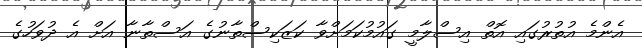
އެންމެ އުތުރުގައި އޮތް އިސްލާމީ ގައުމުކަމަށްވާ ކަޒަކިސްތާނުގެ އަސްތާނާ އަށް އެ ދުވަހުގެ